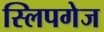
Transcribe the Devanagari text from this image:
स्लिपगेज